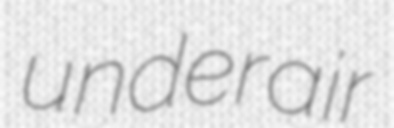
underair